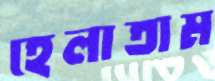
হেলাতাম